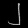
Digit: ၂